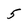
Character: 5